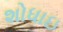
શોધાઇ